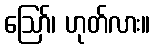
ဪ၊ ဟုတ်လား။